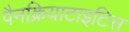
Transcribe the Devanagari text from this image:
पैनक्रियाटाइटिस